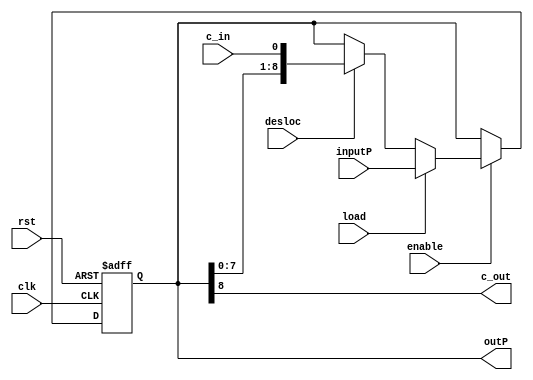
module regP (inputP, desloc, clk, rst, load, enable, c_in, c_out ,outP);

input [8:0]inputP;
input clk, rst, load, enable, c_in, desloc;

output [8:0]outP;
output c_out;
reg [8:0] out;

assign outP = out;
assign c_out = out[8];

always @ (posedge clk or posedge rst)
begin 
	if(rst == 1'b1) 
		out <= 9'b000000000;
		
	else if(enable == 1'b1)
		if(load == 1'b1)
			out <= inputP;
			
		else if(desloc == 1'b1)
			out <= {out[7:0], c_in};
end

endmodule